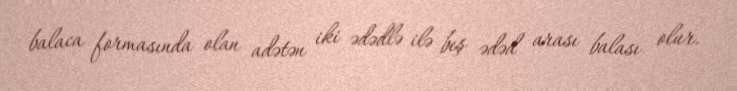
balaca formasında olan adətən iki ədədlə ilə beş ədəd arası balası olur.